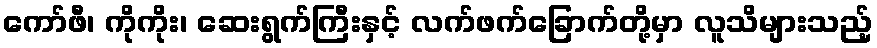
ကော်ဖီ၊ ကိုကိုး၊ ဆေးရွက်ကြီးနှင့် လက်ဖက်ခြောက်တို့မှာ လူသိများသည့်